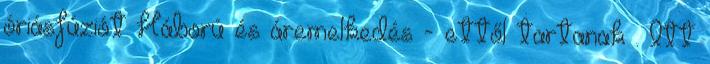
óriásfúziót Háború és áremelkedés - ettől tartanak . Itt